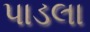
પાડલા